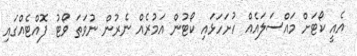
އެއީ ކޯޓަށް މައްސަލައެއް ހުށަހަޅައި ކޯޓުން އަމުރެއް ނެރުން ނުވަތަ ވޯޓު ފޮއްޓެއްގައި